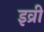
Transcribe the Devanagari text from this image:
इव्री